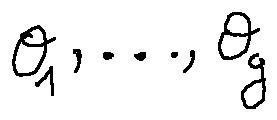
\theta _ { 1 } , \ldots , \theta _ { g }